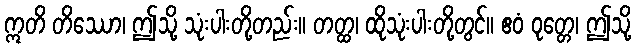
ဣတိ တိဿော၊ ဤသို့ သုံးပါးတို့တည်း။ တတ္ထ၊ ထိုသုံးပါးတို့တွင်။ ဧဝံ ဝုတ္တေ၊ ဤသို့